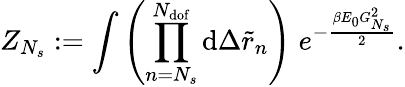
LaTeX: Z_{N_{s}}:=\int{\left(\prod_{n=N_{s}}^{N_{\mathrm{dof}}}{\mathrm{d}\Delta\tilde{r}_{n}}\right)\; e^{-\frac{\beta E_{0}G_{N_{s}}^{2}}{2}}}.